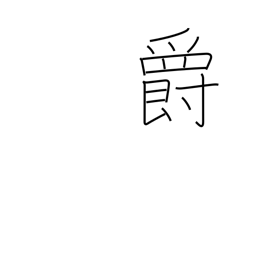
Meaning: baron